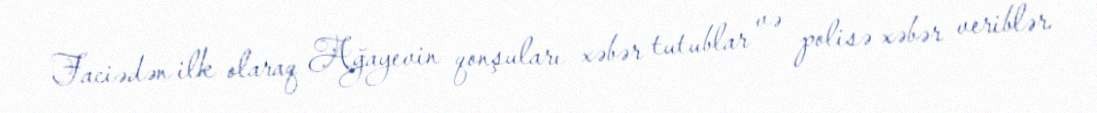
Faciədən ilk olaraq Ağayevin qonşuları xəbər tutublar və polisə xəbər veriblər.